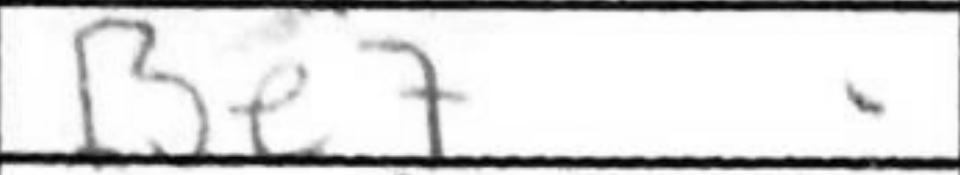
Transcription: Be7